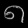
Digit: ၈